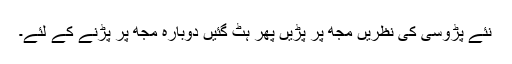
نئے پڑوسی کی نظریں مجھ پر پڑیں پھر ہٹ گئیں دوبارہ مجھ پر پڑنے کے لئے۔